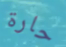
حارة